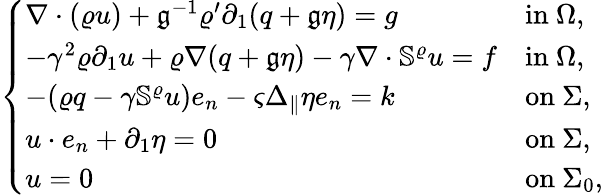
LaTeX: \left\{ \begin{array}{ll}{\nabla\cdot(\varrho u)+\mathfrak{g}^{-1}\varrho^{\prime}\partial_{1}(q+\mathfrak{g}\eta)=g}&{\mathrm{in~}\Omega,}\\ {-\gamma^{2}\varrho\partial_{1}u+\varrho\nabla(q+\mathfrak{g}\eta)-\gamma\nabla\cdot\mathbb{S}^{\varrho}u=f}&{\mathrm{in~}\Omega,}\\ {-(\varrho q-\gamma\mathbb{S}^{\varrho}u)e_{n}-\varsigma\Delta_{\| }\eta e_{n}=k}&{\mathrm{on~}\Sigma,}\\ {u\cdot e_{n}+\partial_{1}\eta=0}&{\mathrm{on~}\Sigma,}\\ {u=0}&{\mathrm{on~}\Sigma_{0},}\end{array}\right.